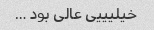
خیلیییی عالی بود …